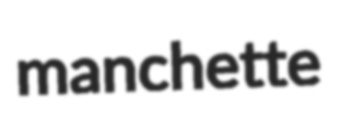
manchette